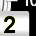
Digit: 2